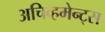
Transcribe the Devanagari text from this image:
अचिव्हमेन्ट्स